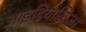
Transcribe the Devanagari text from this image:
आइडियालिज़्म